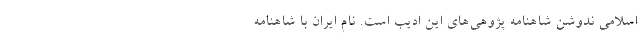
اسلامی ندوشن شاهنامه پژوهی‌های این ادیب است. نام ایران با شاهنامه